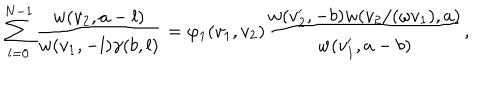
LaTeX: \sum _ { l = 0 } ^ { N - 1 } \frac { w ( v _ { 2 } , a - l ) } { w ( v _ { 1 } , - l ) \gamma ( b , l ) } = \varphi _ { 1 } ( v _ { 1 } , v _ { 2 } ) \frac { w ( v _ { 2 } ^ { \prime } , - b ) w ( v _ { 2 } / ( \omega v _ { 1 } ) , a ) } { w ( v _ { 1 } ^ { \prime } , a - b ) } ,